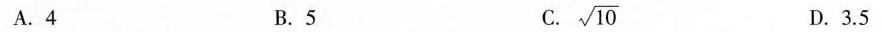
A.4 B.5 C.\sqrt{10} D.3.5